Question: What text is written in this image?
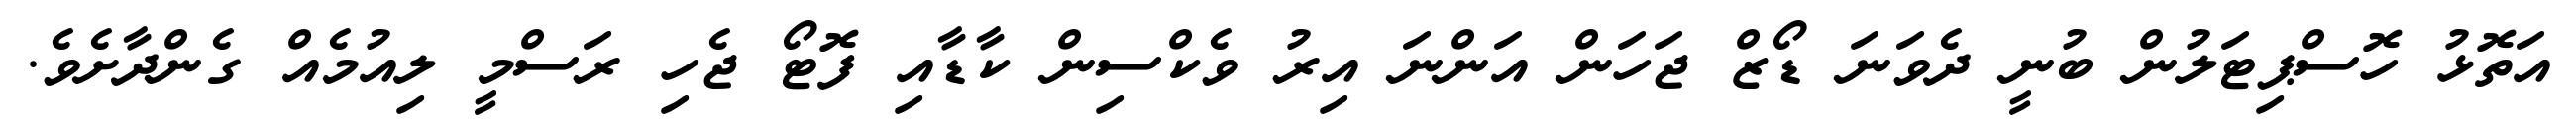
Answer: އަތޮޅު ހޮސްޕިޓަލުން ބުނީ ދެވަނަ ޑޯޒް ޖަހަން އަންނަ އިރު ވެކްސިން ކާޑާއި ފޮޓޯ ޖެހި ރަސްމީ ލިއުމެއް ގެންދާށެވެ.